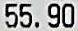
55.90